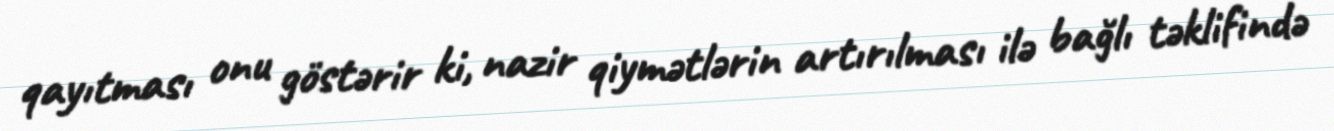
qayıtması onu göstərir ki, nazir qiymətlərin artırılması ilə bağlı təklifində